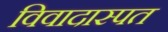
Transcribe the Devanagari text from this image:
विवादास्पत